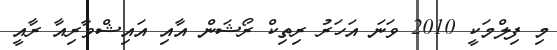
މި ފިލްމަކީ 2010 ވަނަ އަހަރު ރިތިކް ރޯޝަން އާއި އައިޝްވާރިއާ ރާއީ